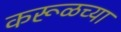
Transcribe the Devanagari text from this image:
करूळच्या